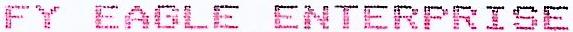
FY EAGLE ENTERPRISE